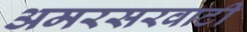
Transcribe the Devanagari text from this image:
अमरसरवाटी